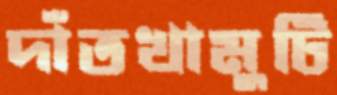
দাঁতখামুটি